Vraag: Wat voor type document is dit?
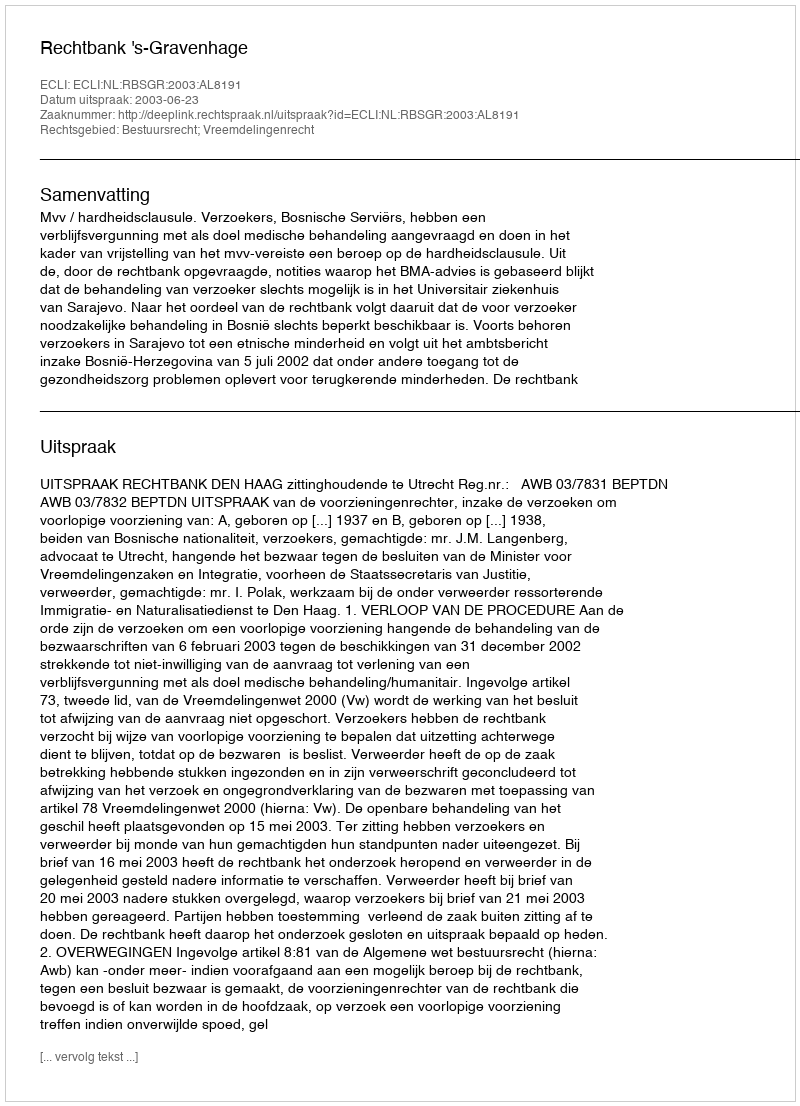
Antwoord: Uitspraak